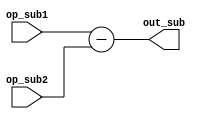
module subop(op_sub1, op_sub2, out_sub);
input [3:0] op_sub1;
input [3:0] op_sub2;
output [3:0] out_sub;
assign #10 out_sub = op_sub1 - op_sub2;
endmodule